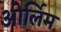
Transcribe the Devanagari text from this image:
ओर्लिम